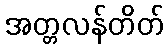
အတ္တလန်တိတ်